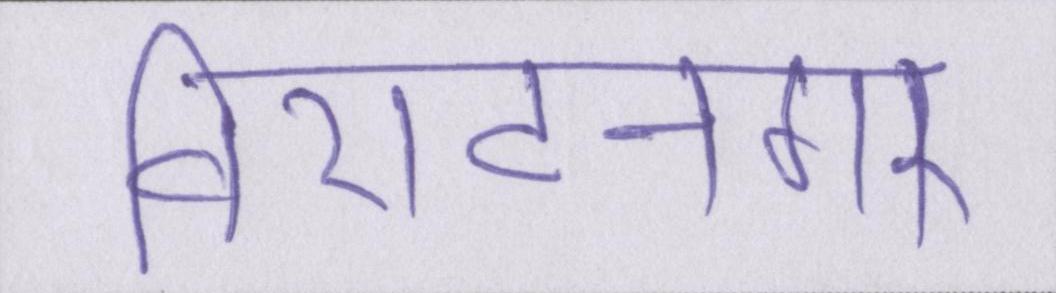
विराटनगर